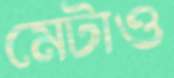
মেটাও